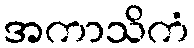
အကာသိကံ